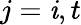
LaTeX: j=\mathit{i},t